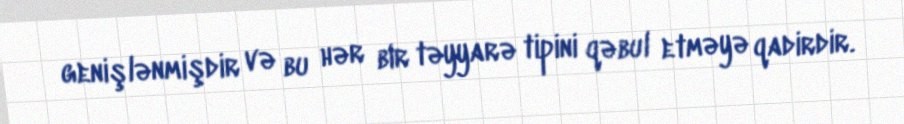
genişlənmişdir və bu hər bir təyyarə tipini qəbul etməyə qadirdir.